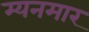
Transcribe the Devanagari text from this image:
म्यनमार